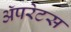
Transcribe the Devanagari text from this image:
अॅपरेटस